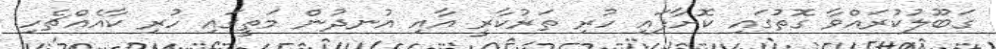
ގަބޫލުކުރައްވާ ގޮތުގައި ކޮށާފައި ހުރި ތަރުކާރީ އާއި އުނދުން މަތީގައި ހުރި ކާއެއްޗެހި